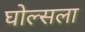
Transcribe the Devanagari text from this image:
घोल्सला